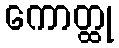
ကောတ္ထု